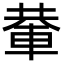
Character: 輂